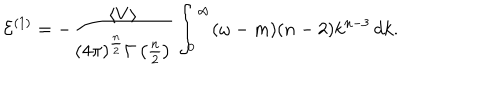
LaTeX: { \cal E } ^ { ( 1 ) } = - \frac { \langle V \rangle } { ( 4 \pi ) ^ { \frac { n } { 2 } } \Gamma \left( \frac { n } { 2 } \right) } \int _ { 0 } ^ { \infty } ( \omega - m ) ( n - 2 ) k ^ { n - 3 } \, d k .